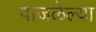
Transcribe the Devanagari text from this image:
पाजळेल्या